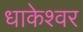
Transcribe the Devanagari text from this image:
धाकेश्वर